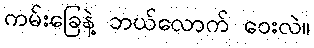
ကမ်းခြေနဲ့ ဘယ်လောက် ဝေးလဲ။